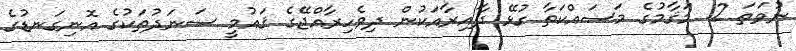
ނުވަތަ 2. މަޤާމުގެ މަސައްކަތާ ގުޅޭ ދާއިރާއަކުން ދިވެހިރާއްޖޭގެ ޤައުމީ ސަނަދުތަކުގެ އޮނިގަނޑުގެ